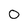
Character: 0